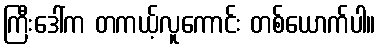
ကြီးဒေါ်က တကယ့်လူကောင်း တစ်ယောက်ပါ။